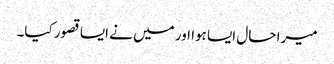
میرا حال ایسا ہوا اور میں نے ایسا قصور کیا۔